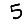
Digit: 5